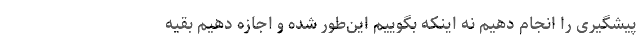
پیشگیری را انجام دهیم نه اینکه بگوییم این‌طور شده و اجازه دهیم بقیه